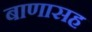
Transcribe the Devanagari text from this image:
बाणासह